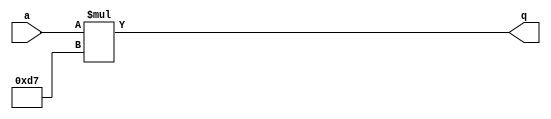
module test3_a(q, a);
output [15:0] q;
input [7:0] a;

assign q = a * 215;

endmodule